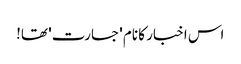
اس اخبار کا نام 'جسارت' تھا!